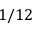
1 / 1 2